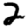
Digit: 2